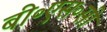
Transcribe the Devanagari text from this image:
बी॰एस॰सी